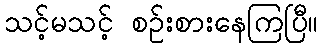
သင့်မသင့် စဉ်းစားနေကြပြီ။